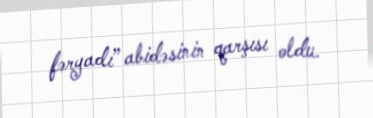
fəryadı” abidəsinin qarşısı oldu.